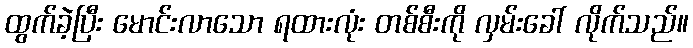
ထွက်ခဲ့ပြီး မောင်းလာသော ရထားလုံး တစ်စီးကို လှမ်းခေါ် လိုက်သည်။